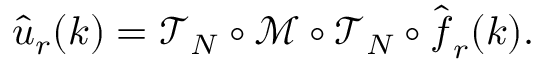
\hat { \boldsymbol u } _ { r } ( \boldsymbol k ) = \mathcal { T } _ { N } \circ \mathcal { M } \circ \mathcal { T } _ { N } \circ \hat { \boldsymbol f } _ { r } ( \boldsymbol k ) .